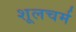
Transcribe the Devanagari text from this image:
शूलचर्म